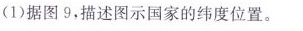
(1)据图9，描述图示国家的纬度位置。